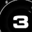
Digit: 3